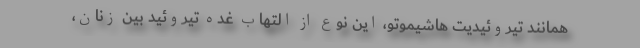
همانند تیروئیدیت هاشیموتو، این نوع از التهاب غده تیروئید بین زنان،